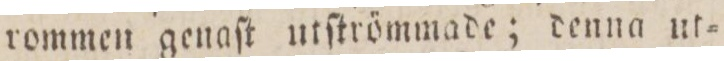
rommen genaſt utſtrömmade; denna ut=